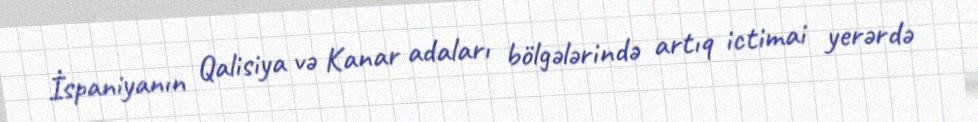
İspaniyanın Qalisiya və Kanar adaları bölgələrində artıq ictimai yerərdə